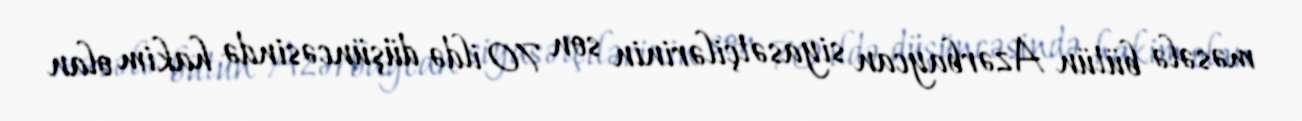
məsələ bütün Azərbaycan siyasətçilərinin son 70 ildə düşüncəsində hakim olan